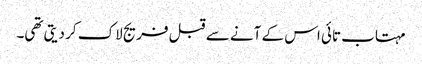
مہتاب تائی اس کے آنے سے قبل فریج لاک کر دیتی تھی۔